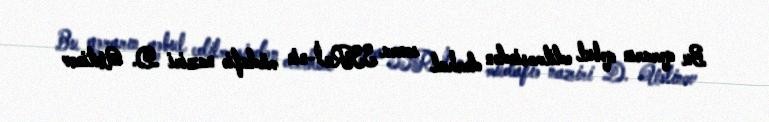
Bu qərarın qəbul edilməsindən dərhal sonra SSRİ-nin müdafiə naziri D. Ustinov